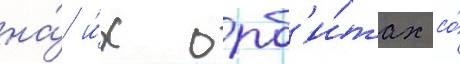
на́ и́х орб'и́тах со́